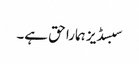
سبسڈیز ہمارا حق ہے۔